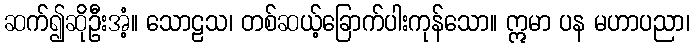
ဆက်၍ဆိုဦးအံ့။ သောဠသ၊ တစ်ဆယ့်ခြောက်ပါးကုန်သော။ ဣမာ ပန မဟာပညာ၊